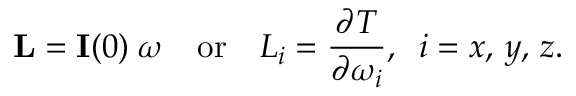
\mathbf { L } = \mathbf { I } ( 0 ) \; { \boldsymbol { \omega } } \quad { \mathrm { o r } } \quad L _ { i } = { \frac { \partial T } { \partial \omega _ { i } } } , \; \; i = x , \, y , \, z .